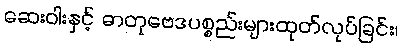
ဆေးဝါးနှင့် ဓာတုဗေဒပစ္စည်းများထုတ်လုပ်ခြင်း၊